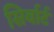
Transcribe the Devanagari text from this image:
सिर्वार्ट